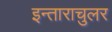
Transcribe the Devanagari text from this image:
इन्ताराचुलर